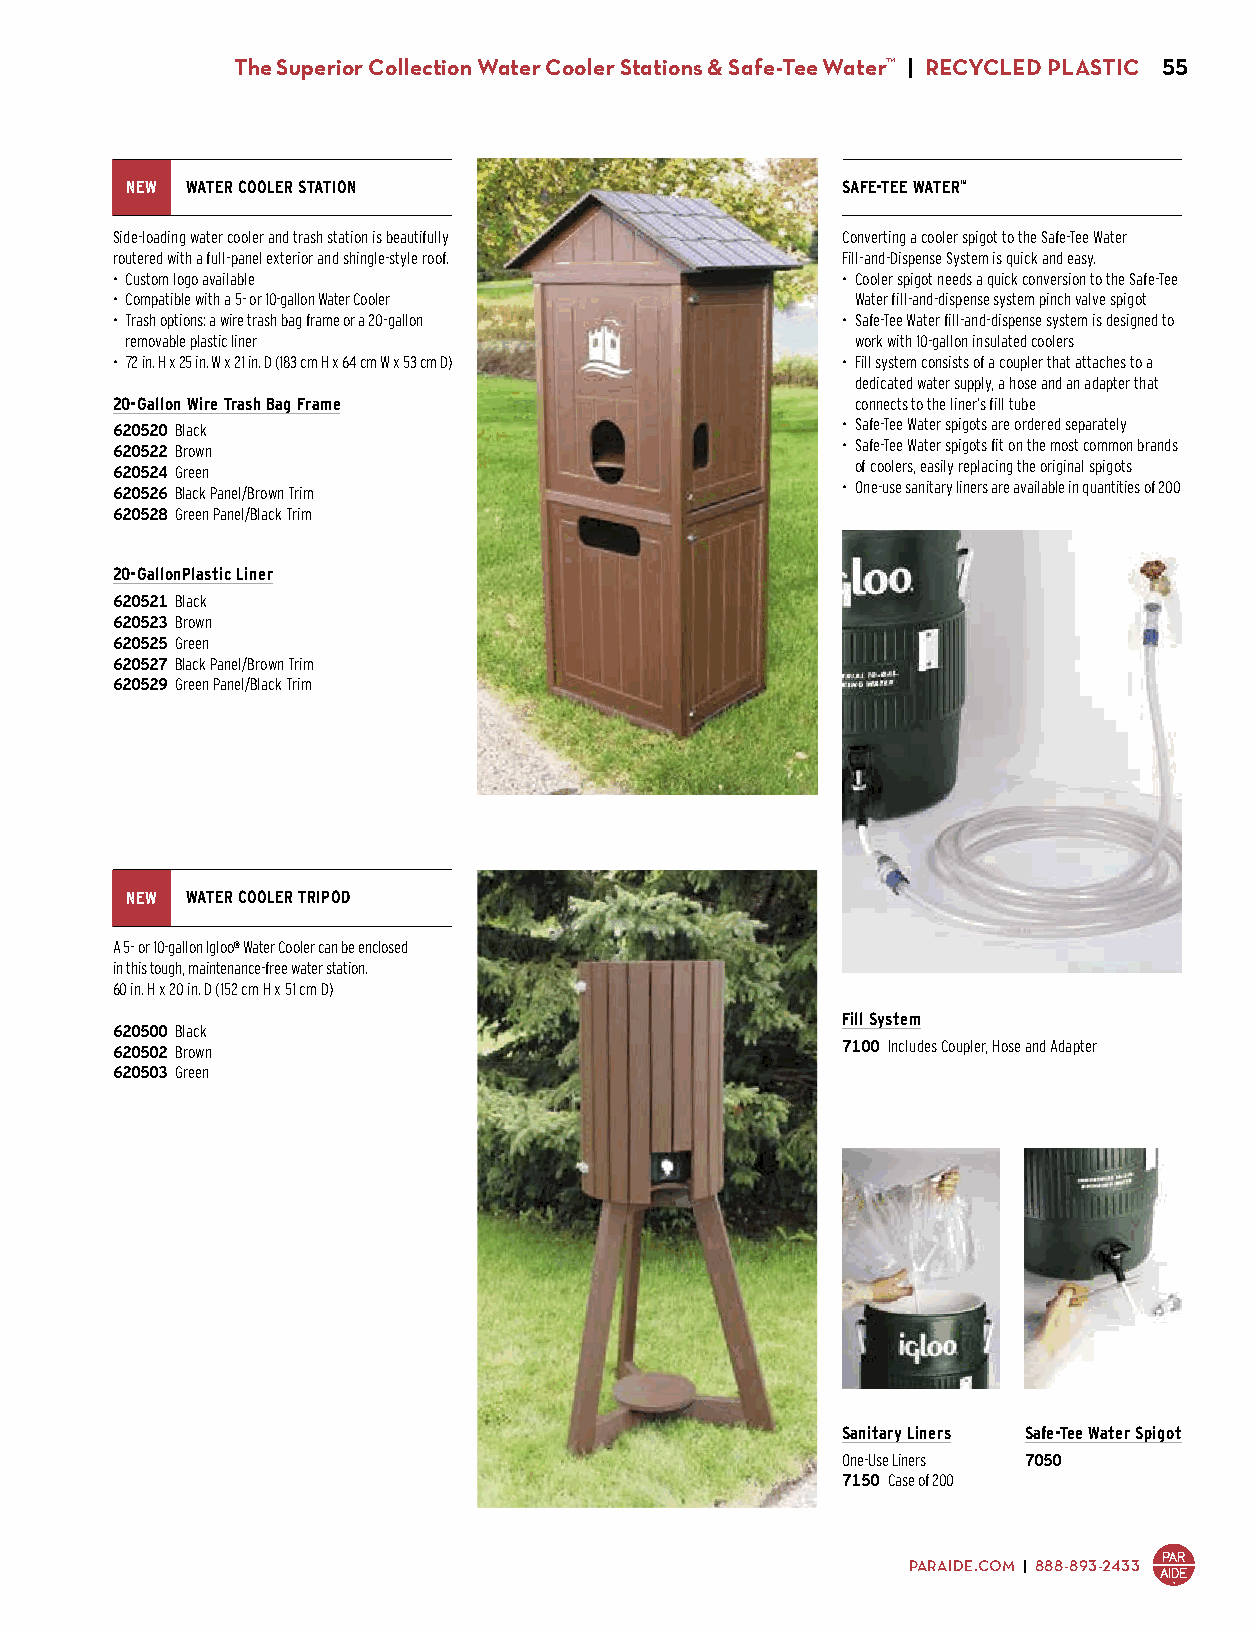
The Superior Collection Water Cooler Stations & Safe-Tee Water™ | RECYCLED PLASTIC 55
 NEW WATER COOLER STATION                        SAFE-TEE WATER™
 Side-loading water cooler and trash station is beautifully Converting a cooler spigot to the Safe-Tee Water
 routered with a full-panel exterior and shingle-style roof. Fill-and-Dispense System is quick and easy.
 • Custom logo available                          • Cooler spigot needs a quick conversion to the Safe-Tee
 • Compatible with a 5- or 10-gallon Water Cooler  Water fill-and-dispense system pinch valve spigot
 • Trash options: a wire trash bag frame or a 20-gallon • Safe-Tee Water fill-and-dispense system is designed to
 removable plastic liner                          work with 10-gallon insulated coolers
 • 72 in. H x 25 in. W x 21 in. D (183 cm H x 64 cm W x 53 cm D) • Fill system consists of a coupler that attaches to a
 dedicated water supply, a hose and an adapter that
 20-Gallon Wire Trash Bag Frame                    connects to the liner’s fill tube
 620520 Black                                     • Safe-Tee Water spigots are ordered separately
 620522 Brown                                     • Safe-Tee Water spigots fit on the most common brands
 620524 Green                                      of coolers, easily replacing the original spigots
 620526 Black Panel/Brown Trim                    • One-use sanitary liners are available in quantities of 200
 620528 Green Panel/Black Trim
 $1,100.00
 20-GallonPlastic Liner
 620521 Black
 620523 Brown
 620525 Green
 620527 Black Panel/Brown Trim
 620529 Green Panel/Black Trim
 $1,190.00
 NEW WATER COOLER TRIPOD
 A 5- or 10-gallon Igloo® Water Cooler can be enclosed
 in this tough, maintenance-free water station.
 60 in. H x 20 in. D (152 cm H x 51 cm D)
 Fill System
 620500 Black
 620502 Brown                                     7100 Includes Coupler, Hose and Adapter
 620503 Green                                     $225.00
 $560.00
 Sanitary Liners Safe-Tee Water Spigot
 One-Use Liners 7050
 7150 Case of 200 $24.00
 $450.00
 PARAIDE.COM | 888-893-2433